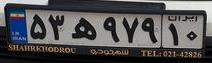
۵۳ه۹۷۹۱۰